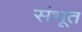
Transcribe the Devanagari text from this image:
संभूत